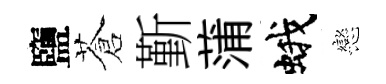
鹽蒼斳蒲蛾戀